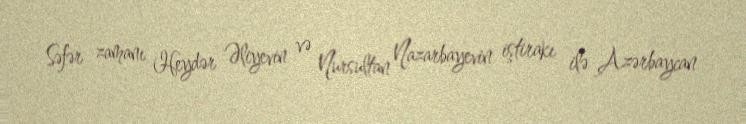
Səfər zamanı Heydər Əliyevin və Nursultan Nazarbayevin iştirakı ilə Azərbaycan